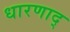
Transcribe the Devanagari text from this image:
धारणाद्